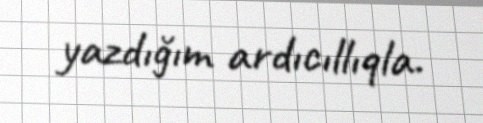
yazdığım ardıcıllıqla.